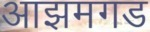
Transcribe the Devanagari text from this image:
आझमगड